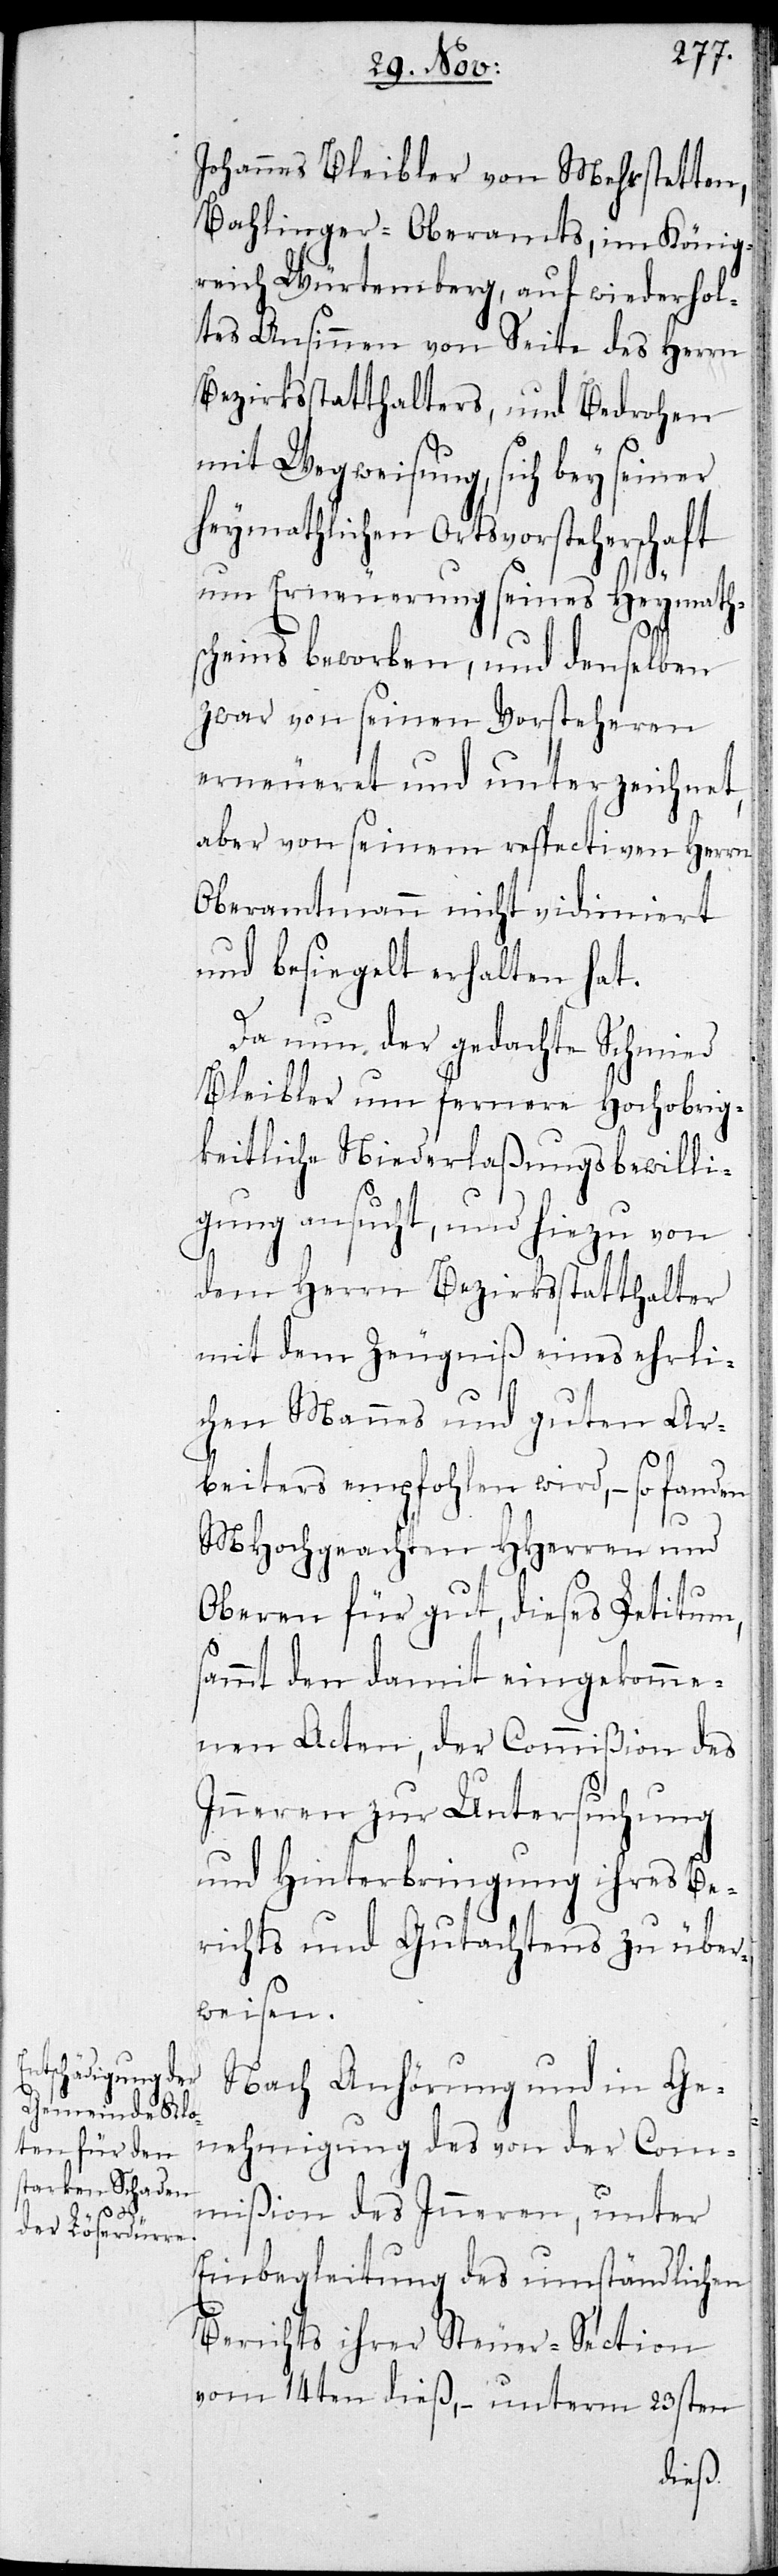
Johannes Bleibler von Mehrstetten,
Bahlinger-Oberamts, im König¬
reich Würtemberg, auf wiederhol¬
tes Ansinnen von Seite des Herrn
Bezirkstatthalters, und Bedrohen
mit Wegweisung, sich bey seiner
heymathlichen Ortsvorsteherschaft
um Erneuerung seines Heymath¬
scheins beworben, und denselben
zwar von seinen Vorsteheren
erneueret und unterzeichnet,
aber von seinem respectiven Herrn
Oberamtmann nicht vidimiert
und besiegelt erhalten hat.
Da nun der gedachte Schmied
Bleibler um fernere Hochobrig¬
keitliche Niederlaßungsbewilli¬
gung ansucht, und hiezu von
dem Herrn Bezirkstatthalter
mit dem Zeugniß eines ehrli¬
chen Mannes und guten Ar¬
beiters empfohlen wird, – so fanden
MHochgeachten HHerren und
Oberen für gut, dieses Petitum,
sammt den damit eingekomme¬
nen Acten, der Commißion des
Inneren zur Untersuchung
und Hinterbringung ihres Be¬
richts und Gutachtens zu über¬
weisen.
Nach Anhörung und in Ge¬
nehmigung des von der Com¬
mißion des Inneren, unter
Einbegleitung des umständlichen
Berichts ihrer Steuer-Section
vom 14ten dieß, – unterm 23sten